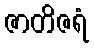
ဇာတိဇရံ